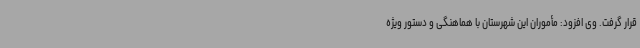
قرار گرفت. وی افزود: مأموران این شهرستان با هماهنگی و دستور ویژه